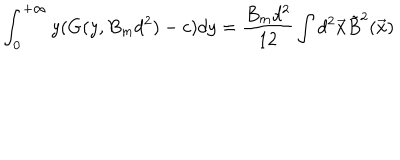
LaTeX: \int _ { 0 } ^ { + \infty } y ( G ( y , B _ { m } d ^ { 2 } ) - c ) d y = \frac { B _ { m } d ^ { 2 } } { 1 2 } \int d ^ { 2 } \vec { x } \tilde { B } ^ { 2 } ( \vec { x } )